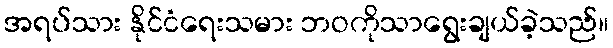
အရပ်သား နိုင်ငံရေးသမား ဘဝကိုသာရွေးချယ်ခဲ့သည်။